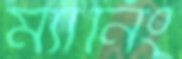
ম্যানিং